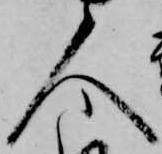
人